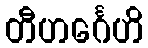
တီဟင်္ဂေဟိ